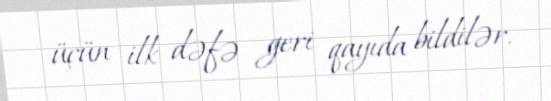
üçün ilk dəfə geri qayıda bildilər.